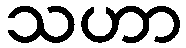
သဟာ